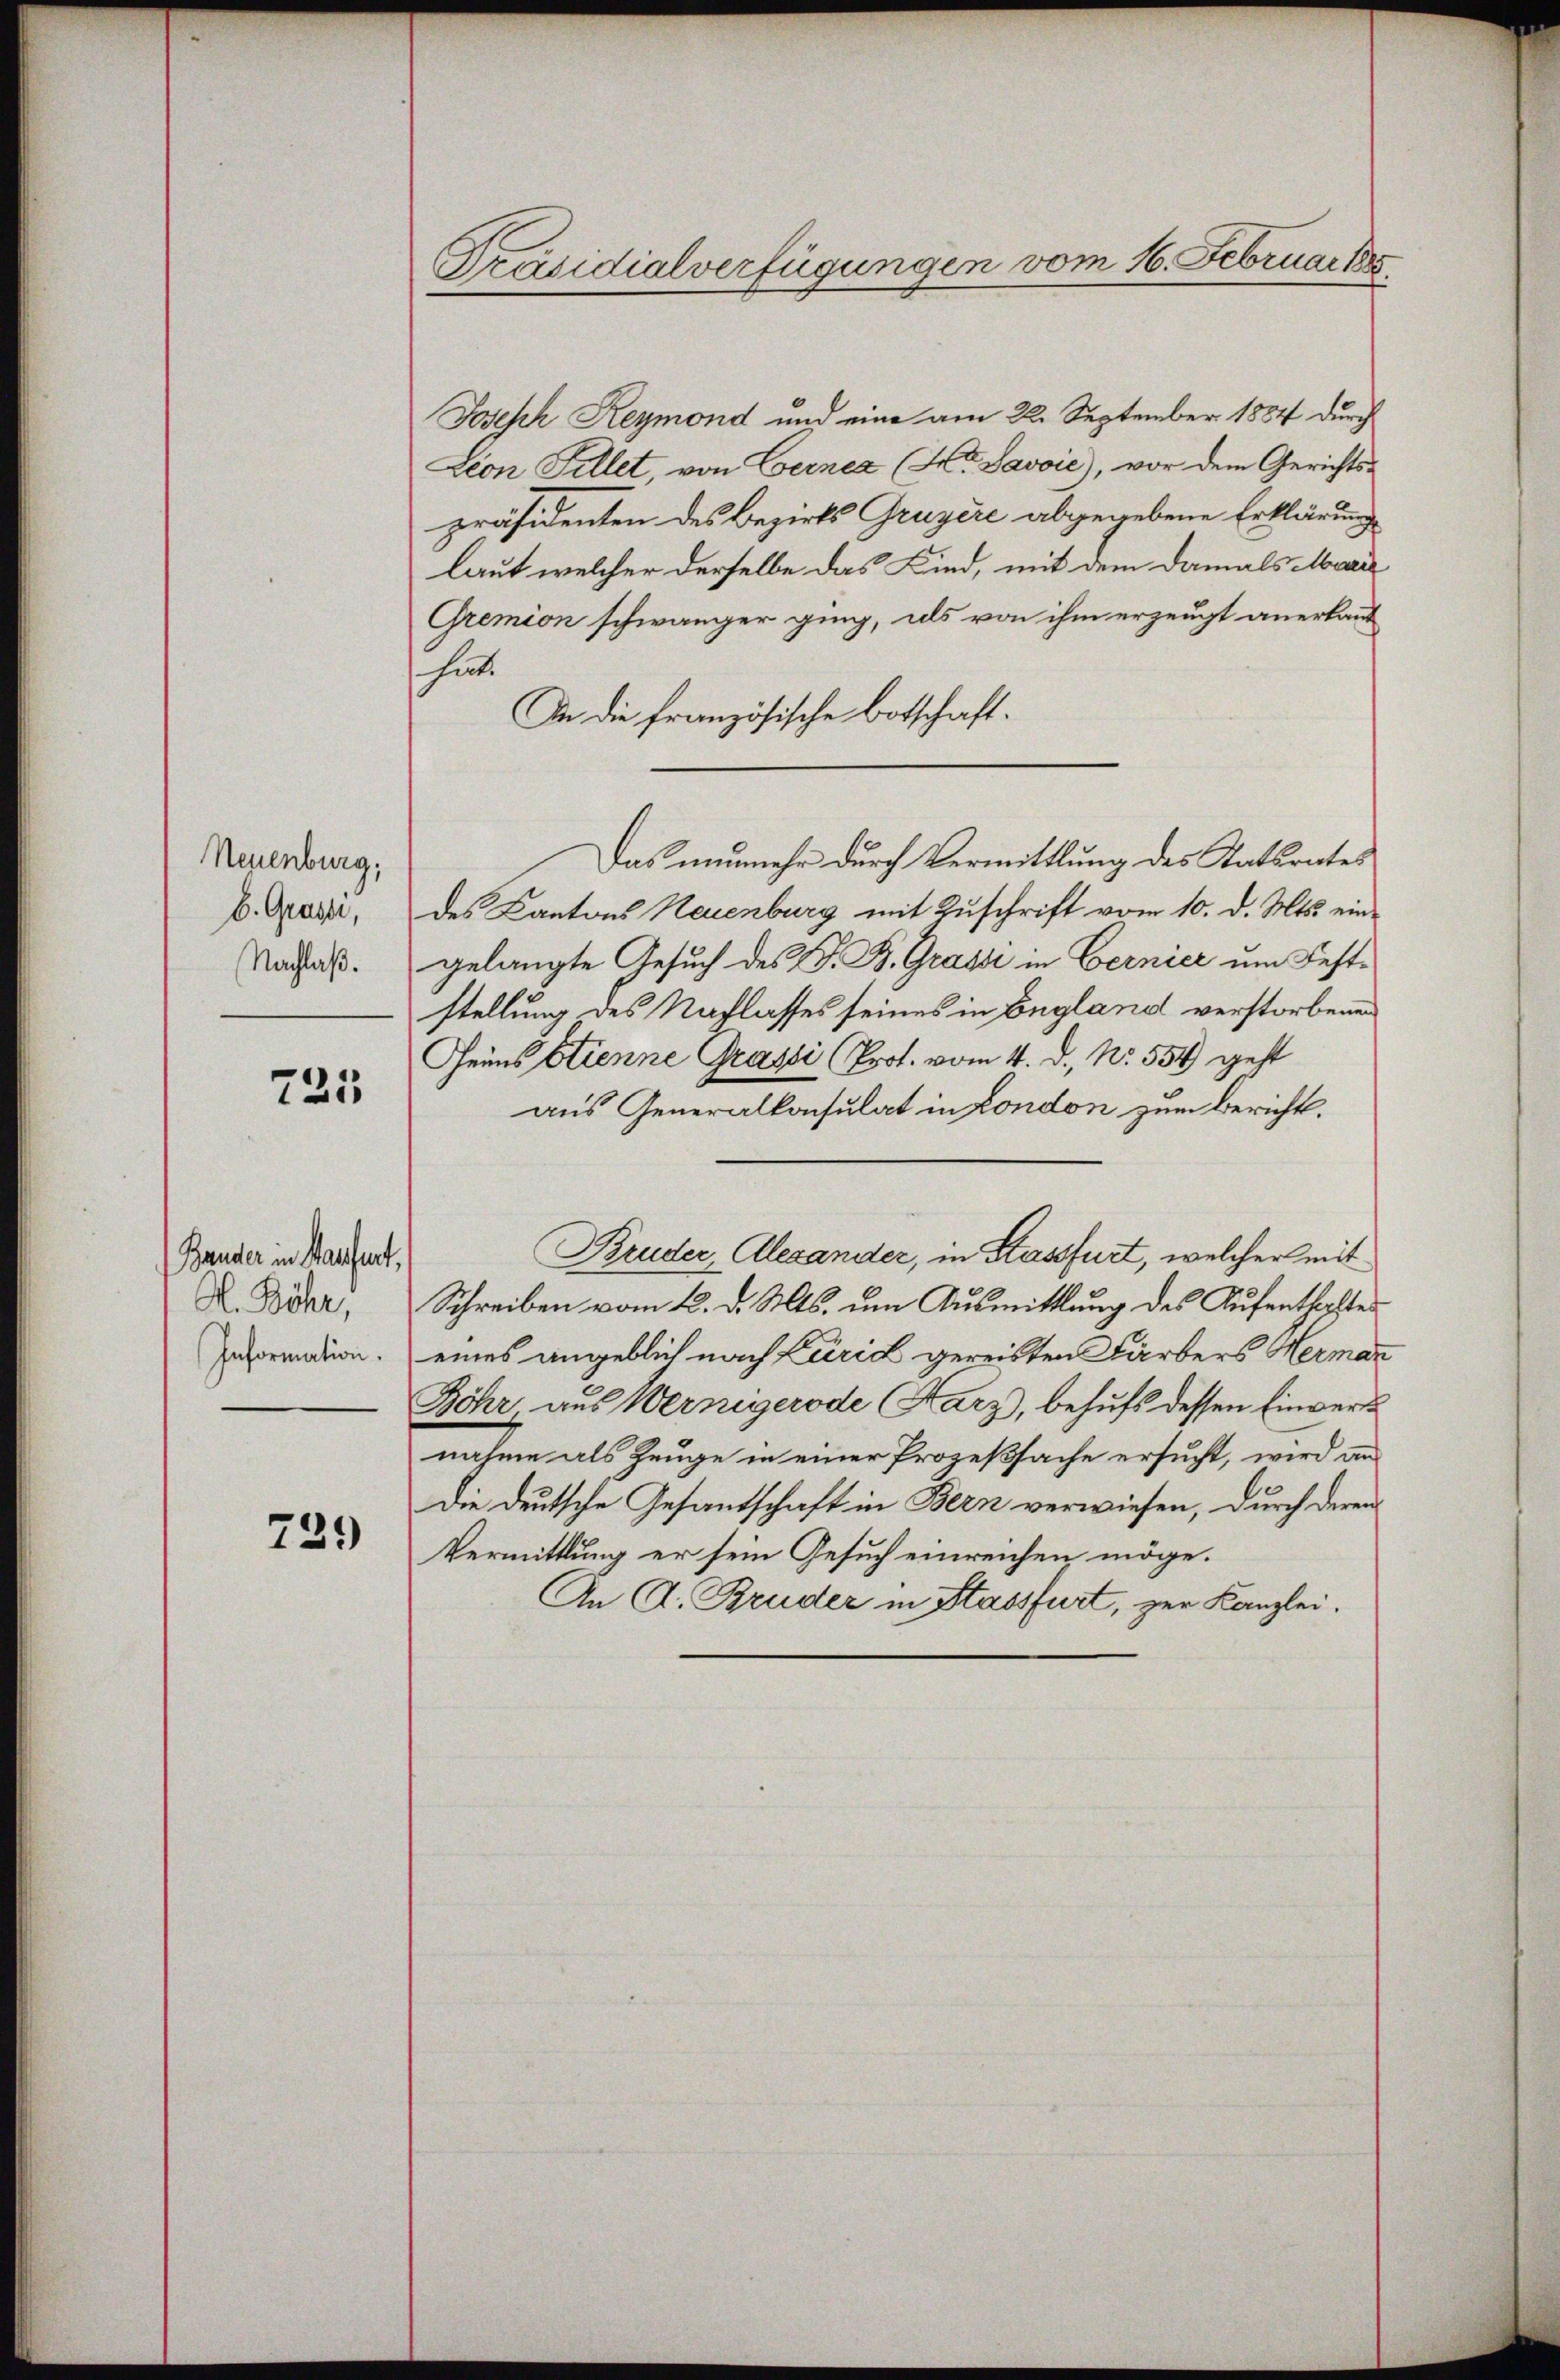
Neuenburg,
b. Grassi,
Nachlaß.

725

Bander in Saufent,
H. Böhr,
Information.

739)

Joseph Reymond und eine am 22. September 1884 durch
zeon Fellet, von Cerner (Hr. Savoie), vor dem Gerichts-
präsidenten des Bezirks Gruyère abgegebene Erklärung
laut welcher derselbe das Kind, mit dem damals Marie
Gremion schwänger ging, als von ihm erzeugt anerkaut
hinte
In die französische Botschaft.
Das nunmehr durch Vermittlung des Statsrates
des Cantons Neuenburg mit Zuschrift vom 10. d. Mts. eingelangte Gesuch des J. B. Grassi in Bernier um Feststellung des Nachlasses seines in England verstorbenen
Geins Stienne Grassi (Prot. vom 4. d. Nr. 554 geht
aus Generalkonsulat in London zum Bericht.
Bruder, Alexander, in Stassfurt, welcher mit
Schreiben vom 12. d. Mts. um Ausmittlung des Aufenthalter
eines angeblich nach Zürich gereisten Färbers Hermar
Böhr aus Wernigerode (Harz, behufs dessen Einvert
nahme als Zeuge in einer Prozeßsache ersucht, wird an
Die deutsche Gesantschaft in Bern verwiesen, durch deren
Vermittlung er sein Gesuch einreichen möge.
An A. Bruder in Stassfurt, zur Kanzlei.

Präsidialverfügungen vom 16. Februarts